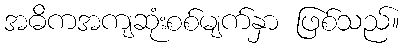
အဓိကအကျဆုံးစစ်မျက်နှာ ဖြစ်သည်။